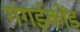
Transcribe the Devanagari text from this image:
गंगईकोंड